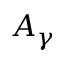
A _ { \gamma }